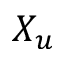
X _ { u }